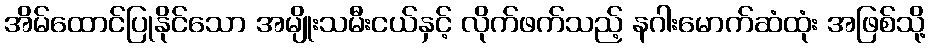
အိမ်ထောင်ပြုနိုင်သော အမျိုးသမီးငယ်နှင့် လိုက်ဖက်သည့် နဂါးမောက်ဆံထုံး အဖြစ်သို့